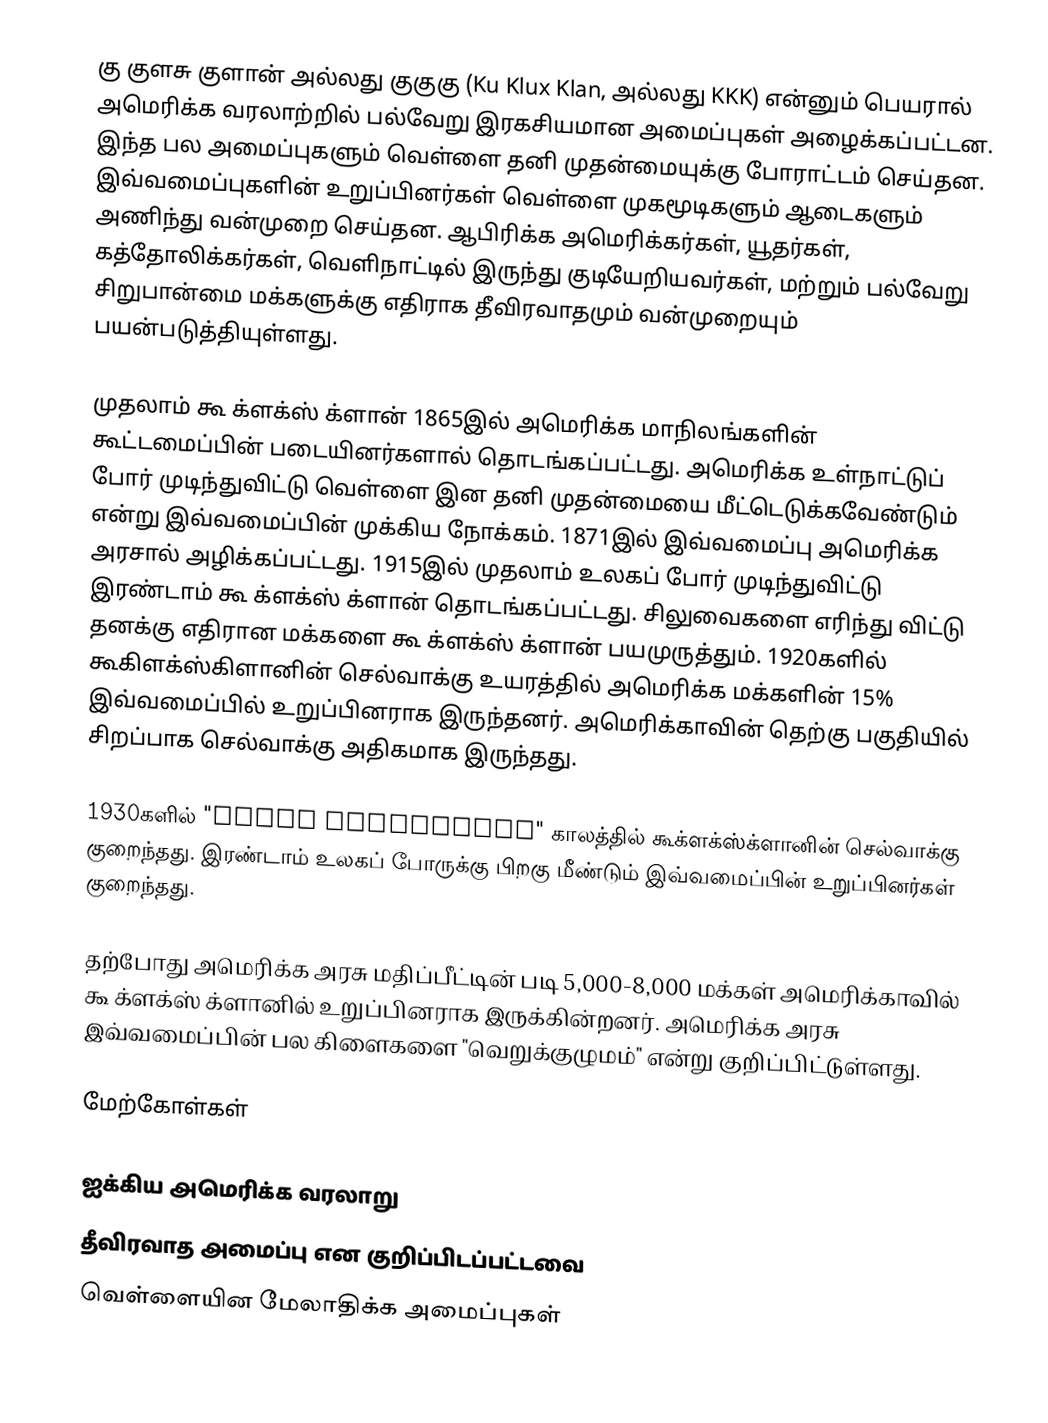
கு குளசு குளான் அல்லது குகுகு (Ku Klux Klan, அல்லது KKK) என்னும் பெயரால் அமெரிக்க வரலாற்றில் பல்வேறு இரகசியமான அமைப்புகள் அழைக்கப்பட்டன. இந்த பல அமைப்புகளும் வெள்ளை தனி முதன்மையுக்கு போராட்டம் செய்தன. இவ்வமைப்புகளின் உறுப்பினர்கள் வெள்ளை முகமூடிகளும் ஆடைகளும் அணிந்து வன்முறை செய்தன. ஆபிரிக்க அமெரிக்கர்கள், யூதர்கள், கத்தோலிக்கர்கள், வெளிநாட்டில் இருந்து குடியேறியவர்கள், மற்றும் பல்வேறு சிறுபான்மை மக்களுக்கு எதிராக தீவிரவாதமும் வன்முறையும் பயன்படுத்தியுள்ளது.

முதலாம் கூ க்ளக்ஸ் க்ளான் 1865இல் அமெரிக்க மாநிலங்களின் கூட்டமைப்பின் படையினர்களால் தொடங்கப்பட்டது. அமெரிக்க உள்நாட்டுப் போர் முடிந்துவிட்டு வெள்ளை இன தனி முதன்மையை மீட்டெடுக்கவேண்டும் என்று இவ்வமைப்பின் முக்கிய நோக்கம். 1871இல் இவ்வமைப்பு அமெரிக்க அரசால் அழிக்கப்பட்டது. 1915இல் முதலாம் உலகப் போர் முடிந்துவிட்டு இரண்டாம் கூ க்ளக்ஸ் க்ளான் தொடங்கப்பட்டது. சிலுவைகளை எரிந்து விட்டு தனக்கு எதிரான மக்களை கூ க்ளக்ஸ் க்ளான் பயமுருத்தும். 1920களில் கூகிளக்ஸ்கிளானின் செல்வாக்கு உயரத்தில் அமெரிக்க மக்களின் 15% இவ்வமைப்பில் உறுப்பினராக இருந்தனர். அமெரிக்காவின் தெற்கு பகுதியில் சிறப்பாக செல்வாக்கு அதிகமாக இருந்தது.

1930களில் "Great Depression" காலத்தில் கூக்ளக்ஸ்க்ளானின் செல்வாக்கு குறைந்தது. இரண்டாம் உலகப் போருக்கு பிறகு மீண்டும் இவ்வமைப்பின் உறுப்பினர்கள் குறைந்தது.

தற்போது அமெரிக்க அரசு மதிப்பீட்டின் படி 5,000-8,000 மக்கள் அமெரிக்காவில் கூ க்ளக்ஸ் க்ளானில் உறுப்பினராக இருக்கின்றனர். அமெரிக்க அரசு இவ்வமைப்பின் பல கிளைகளை "வெறுக்குழுமம்" என்று குறிப்பிட்டுள்ளது.

மேற்கோள்கள்

ஐக்கிய அமெரிக்க வரலாறு
தீவிரவாத அமைப்பு என குறிப்பிடப்பட்டவை
வெள்ளையின மேலாதிக்க அமைப்புகள்